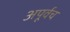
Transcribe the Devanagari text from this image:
अपूर्वच